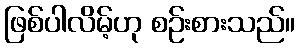
ဖြစ်ပါလိမ့်ဟု စဉ်းစားသည်။